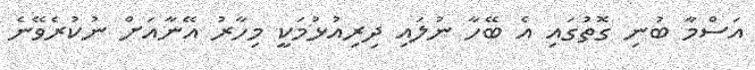
އަސްމާ ބުނި ގޮތުގައި އެ ބޭހާ ނުލައި ދިރިއުޅުމަކީ މިހާރު އޭނާއަށް ނުކުރެވޭނެ